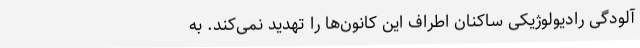
آلودگی رادیولوژیکی ساکنان اطراف این کانون‌ها را تهدید نمی‌کند. به